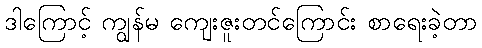
ဒါကြောင့် ကျွန်မ ကျေးဇူးတင်ကြောင်း စာရေးခဲ့တာ